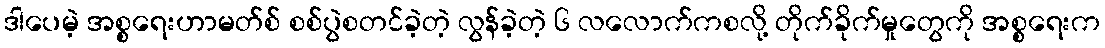
ဒါပေမဲ့ အစ္စရေးဟာမတ်စ် စစ်ပွဲစတင်ခဲ့တဲ့ လွန်ခဲ့တဲ့ ၆ လလောက်ကစလို့ တိုက်ခိုက်မှုတွေကို အစ္စရေးက